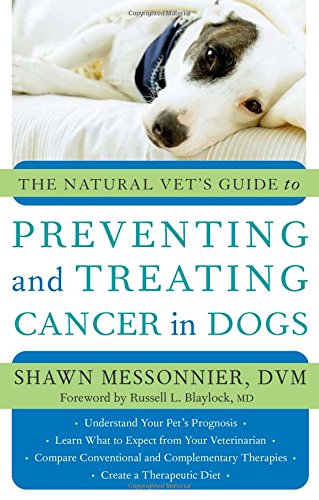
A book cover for The Natural Vet's Guide to Preventing and Treating Cancer in Dogs; D.V.M. Shawn Messonnier; Medical Books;